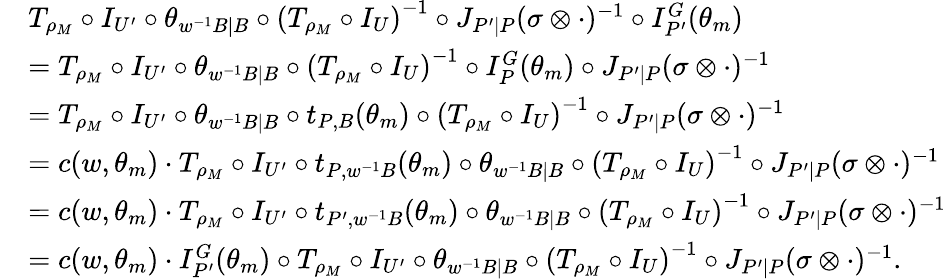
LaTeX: \begin{array}{rl}&{T_{\rho_{M}}\circ I_{U^{\prime}}\circ\theta_{w^{-1}B\mid B}\circ\left(T_{\rho_{M}}\circ I_{U}\right)^{-1}\circ J_{P^{\prime}\mid P}(\sigma\otimes\cdot)^{-1}\circ I_{P^{\prime}}^{G}(\theta_{m})}\\ &{=T_{\rho_{M}}\circ I_{U^{\prime}}\circ\theta_{w^{-1}B\mid B}\circ\left(T_{\rho_{M}}\circ I_{U}\right)^{-1}\circ I_{P}^{G}(\theta_{m})\circ J_{P^{\prime}\mid P}(\sigma\otimes\cdot)^{-1}}\\ &{=T_{\rho_{M}}\circ I_{U^{\prime}}\circ\theta_{w^{-1}B\mid B}\circ t_{P,B}(\theta_{m})\circ\left(T_{\rho_{M}}\circ I_{U}\right)^{-1}\circ J_{P^{\prime}\mid P}(\sigma\otimes\cdot)^{-1}}\\ &{=c(w,\theta_{m})\cdot T_{\rho_{M}}\circ I_{U^{\prime}}\circ t_{P,w^{-1}B}(\theta_{m})\circ\theta_{w^{-1}B\mid B}\circ\left(T_{\rho_{M}}\circ I_{U}\right)^{-1}\circ J_{P^{\prime}\mid P}(\sigma\otimes\cdot)^{-1}}\\ &{=c(w,\theta_{m})\cdot T_{\rho_{M}}\circ I_{U^{\prime}}\circ t_{P^{\prime},w^{-1}B}(\theta_{m})\circ\theta_{w^{-1}B\mid B}\circ\left(T_{\rho_{M}}\circ I_{U}\right)^{-1}\circ J_{P^{\prime}\mid P}(\sigma\otimes\cdot)^{-1}}\\ &{=c(w,\theta_{m})\cdot I_{P^{\prime}}^{G}(\theta_{m})\circ T_{\rho_{M}}\circ I_{U^{\prime}}\circ\theta_{w^{-1}B\mid B}\circ\left(T_{\rho_{M}}\circ I_{U}\right)^{-1}\circ J_{P^{\prime}\mid P}(\sigma\otimes\cdot)^{-1}.}\end{array}